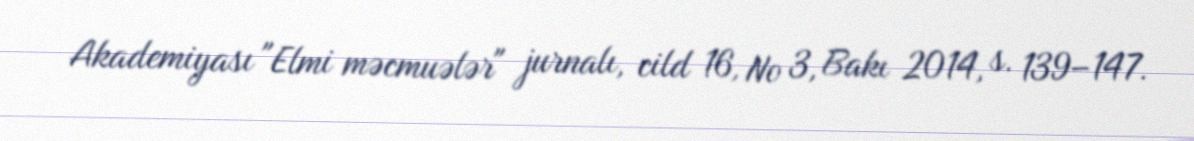
Akademiyası "Elmi məcmuələr" jurnalı, cild 16, № 3, Bakı 2014, s. 139–147.